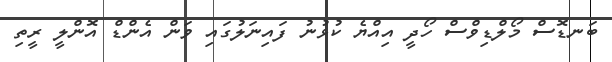
ބަނޑޮސް މޯލްޑިވްސް ހޯދީ އިއްޔެ ކުޅުނު ފައިނަލުގައި ވަން އެންޑް އޮންލީ ރީތި